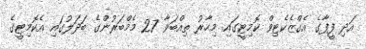
އަދި ފީފާގެ އެގްޒެކެޓިވް ކޮމިޓީގައި މިހާރު ތިއްބަވާ 27 މެމްބަރުންގެ ބަދަލުގައި އެކޮމިޓީގެ